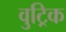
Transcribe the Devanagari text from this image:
वुट्रिक